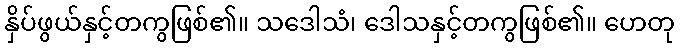
နှိပ်ဖွယ်နှင့်တကွဖြစ်၏။ သဒေါသံ၊ ဒေါသနှင့်တကွဖြစ်၏။ ဟေတု